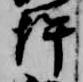
許